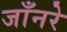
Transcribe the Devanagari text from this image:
जाँनरे